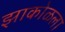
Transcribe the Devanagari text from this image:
झाकोळला